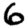
Digit: 6